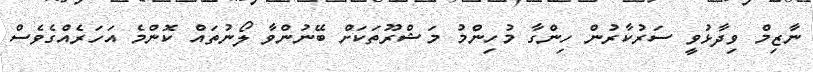
ނާޒިމް ވިދާޅުވީ ސަރުކާރުން ހިންގާ މުހިންމު މަޝްރޫތަކަށް ބޭނުންވާ ލޯނުތައް ކޮންމެ އަހަރެއްގެވެސް